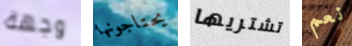
وجهة يحتاجونها تشتريها نعم